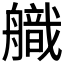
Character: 𮶚